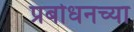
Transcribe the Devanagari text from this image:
प्रबोधनच्या